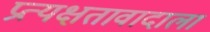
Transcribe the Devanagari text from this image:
प्रत्यक्षतावादाला